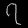
Digit: ၇